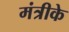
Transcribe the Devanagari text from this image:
मंत्रीके